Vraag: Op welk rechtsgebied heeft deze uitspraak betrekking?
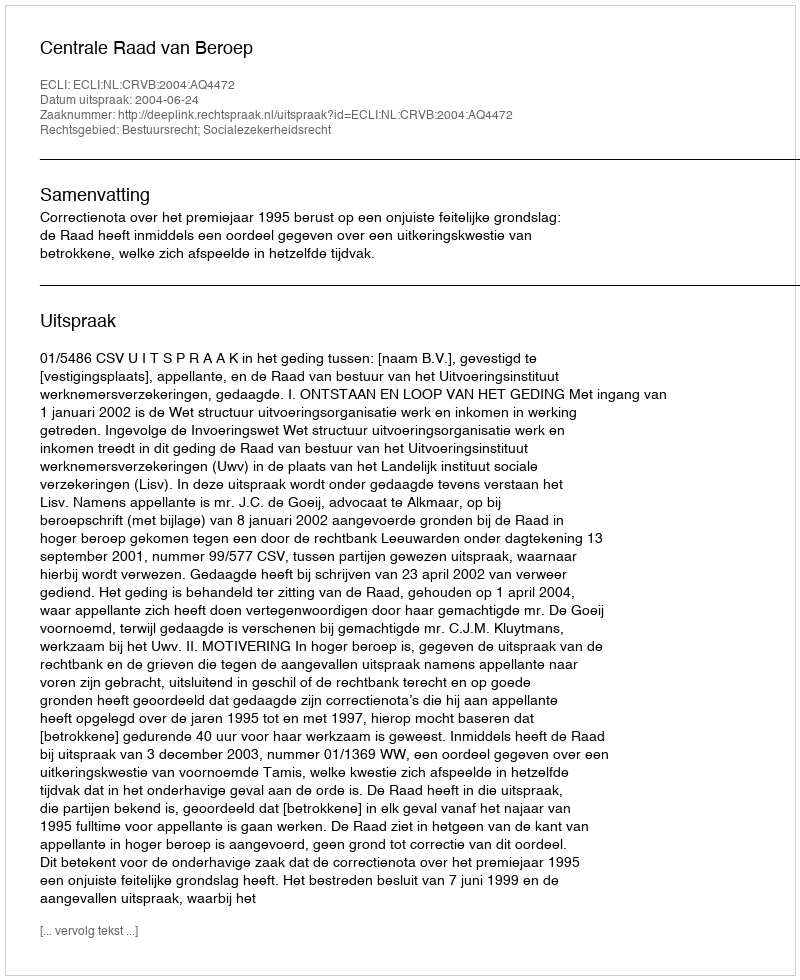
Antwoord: Bestuursrecht; Socialezekerheidsrecht